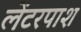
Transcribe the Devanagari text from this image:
लेंटरपाश